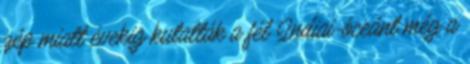
gép miatt évekig kutatták a fél Indiai-óceánt még a